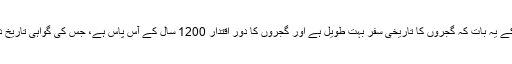
کل ملا کے یہ بات کہ گجروں کا تاریخی سفر بہت طویل ہے اور گجروں کا دورِ اقتدار 1200 سال کے آس پاس ہے، جس کی گواہی تاریخ دیتی ہے۔